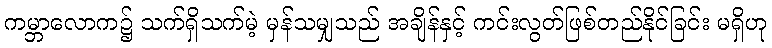
ကမ္ဘာလောက၌ သက်ရှိသက်မဲ့ မှန်သမျှသည် အချိန်နှင့် ကင်းလွတ်ဖြစ်တည်နိုင်ခြင်း မရှိဟု